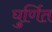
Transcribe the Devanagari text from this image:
घुर्णित